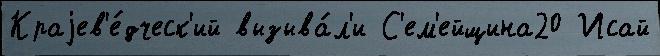
Краjев'е́дческ'ий вызыва́л'и С'ем'ейщина20 Исай